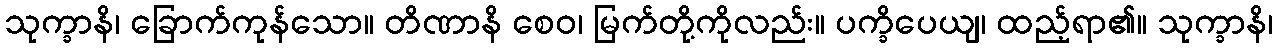
သုက္ခာနိ၊ ခြောက်ကုန်သော။ တိဏာနိ စေဝ၊ မြက်တို့ကိုလည်း။ ပက္ခိပေယျ၊ ထည့်ရာ၏။ သုက္ခာနိ၊